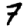
Digit: 7